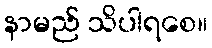
နာမည် သိပါရစေ။